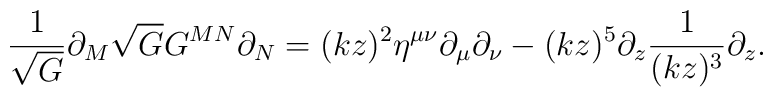
\frac{1}{\sqrt{G}} \partial_M \sqrt{G} G^{MN} \partial_N =  (kz)^2 \eta^{\mu\nu} \partial_\mu \partial_\nu -  (kz)^5 \partial_z \frac{1}{(kz)^3} \partial_z.